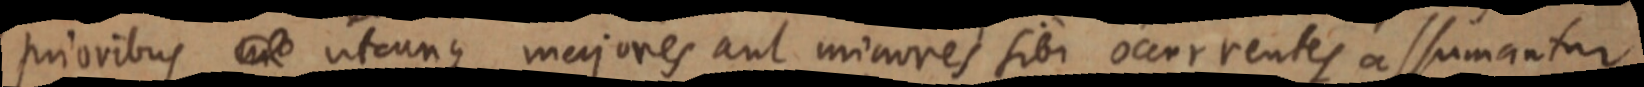
prioribus _ utcunque majores aut minores sibi occurrentes assumantur